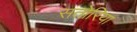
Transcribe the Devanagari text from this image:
सतोरिया